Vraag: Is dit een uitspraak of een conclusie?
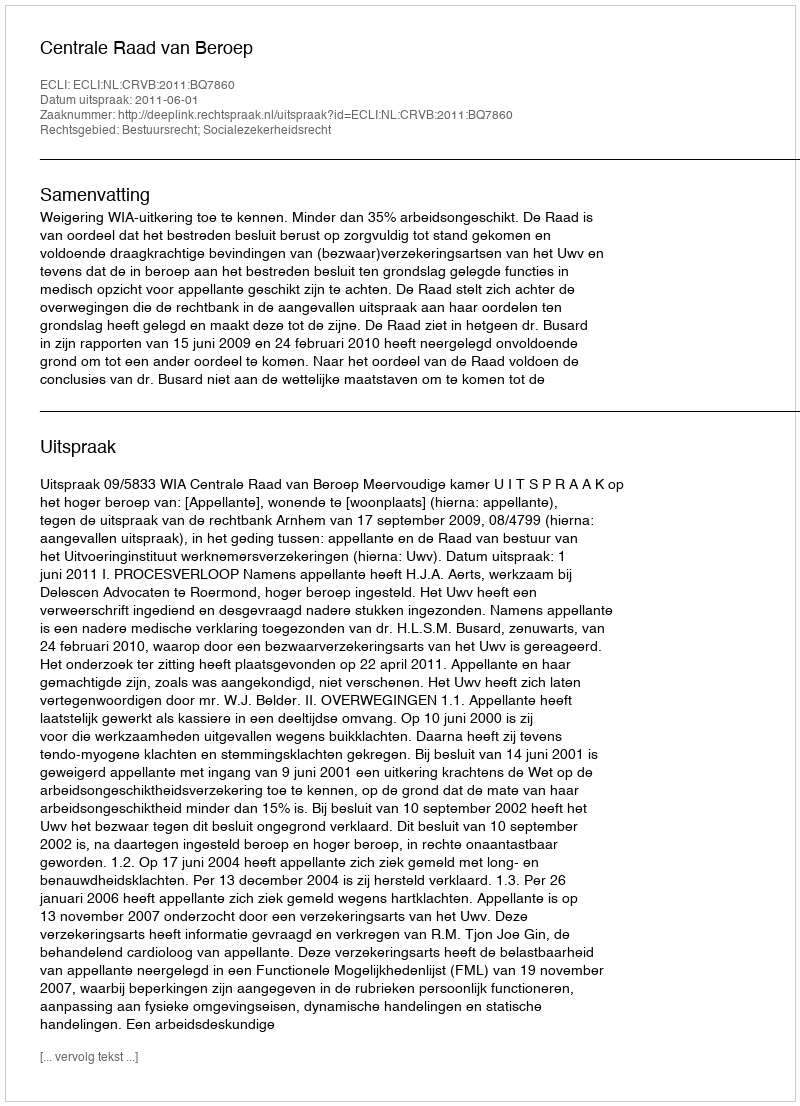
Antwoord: Uitspraak